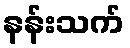
နန်းသက်